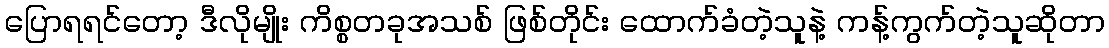
ပြောရရင်တော့ ဒီလိုမျိုး ကိစ္စတခုအသစ် ဖြစ်တိုင်း ထောက်ခံတဲ့သူနဲ့ ကန့်ကွက်တဲ့သူဆိုတာ